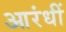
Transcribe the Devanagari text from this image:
आरंधीं